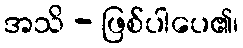
အသိ - ဖြစ်ပါပေ၏၊